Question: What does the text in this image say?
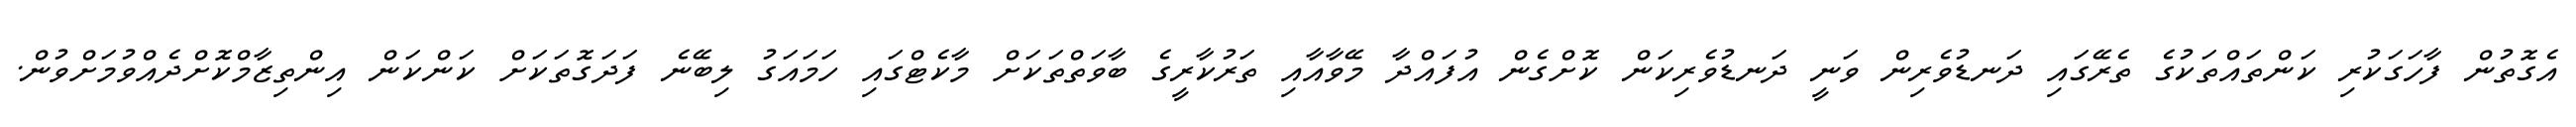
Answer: އެގޮތުން ފާހަގަކުރި ކަންތައްތަކުގެ ތެރޭގައި ދަނޑުވެރިން ވަނީ ދަނޑުވެރިކަން ކޮށްގެން އުފައްދާ މޭވާއާއި ތަރުކާރީގެ ބާވަތްތަކަށް މާކެޓްގައި ހަމައަގު ލިބޭނެ ފަދަގޮތަކަށް ކަންކަން އިންތިޒާމްކޮށްދެއްވުމަށްވުން.